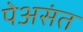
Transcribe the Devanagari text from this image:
पेअसंत